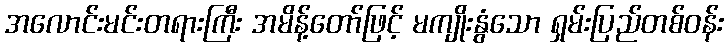
အလောင်းမင်းတရားကြီး အမိန့်တော်ဖြင့် မကျိုးနွံသော ရှမ်းပြည်တစ်ဝန်း